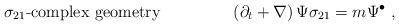
LaTeX: \begin{align*}\sigma_{21} \mbox{-complex geometry}~~~~~~~~~~~~~\left( \partial_t + \nabla \right) \Psi \sigma_{21}= m \Psi^{\bullet}~,\end{align*}